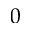
0